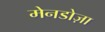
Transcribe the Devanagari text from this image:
मेनडोज़ा